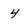
Character: 4